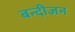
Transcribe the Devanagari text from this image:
बन्दीजन